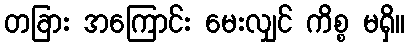
တခြား အကြောင်း မေးလျှင် ကိစ္စ မရှိ။